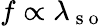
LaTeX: f\propto\lambda_{\mathrm{~s~o~}}